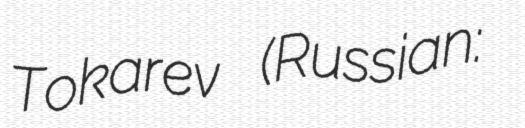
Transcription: Tokarev (Russian: Серге́й